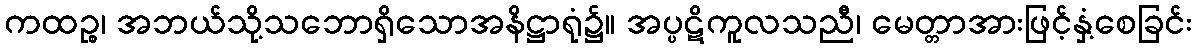
ကထဉ္စ၊ အဘယ်သို့သဘောရှိသောအနိဋ္ဌာရုံ၌။ အပ္ပဋိကူလသညီ၊ မေတ္တာအားဖြင့်နှံ့စေခြင်း